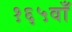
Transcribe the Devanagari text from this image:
१६५वाँ